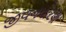
જીવનધોરણ